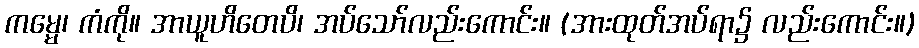
ကမ္မေ၊ ကံကို။ အာယူဟိတေပိ၊ အပ်သော်လည်းကောင်း။ (အားထုတ်အပ်ရာ၌ လည်းကောင်း။)